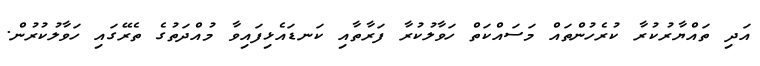
އަދި ތައްޔާރުކުރާ ކުރެހުންތައް މަސައްކަތް ހަވާލުކުރާ ފަރާތާއި ކަނޑައެޅިފައިވާ މުއްދަތުގެ ތެރޭގައި ހަވާލުކުރުން.